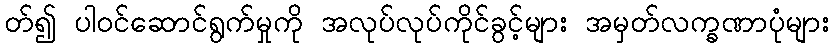
တ်၍ ပါဝင်ဆောင်ရွက်မှုကို အလုပ်လုပ်ကိုင်ခွင့်များ အမှတ်လက္ခဏာပုံများ